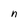
Character: n